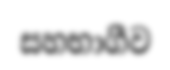
සහභාගීව